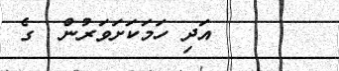
٧٨      އަދި ހަމަކަށަވަރުން  ގެ